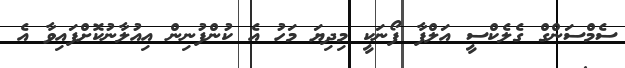
ސެމްސަންގް ގެލެކްސީ އަލްފާ ފޯނަކީ މިދިޔަ މަހު އެ ކުންފުނިން އިއުލާނުކޮށްފައިވާ އެ